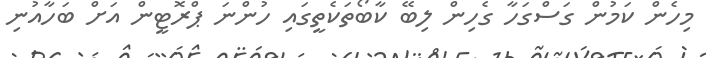
މިހެން ކަމުން ގަސްގަހާ ގެހިން ލިބޭ ކާބޯތަކެތީގައި ހުންނަ ޕްރޮޓީން އަށް ބަހާއުނި